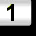
Digit: 1